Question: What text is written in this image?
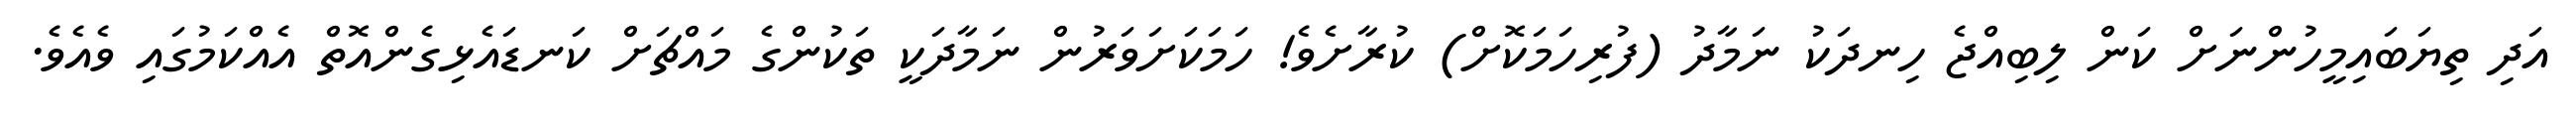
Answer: އަދި ތިޔަބައިމީހުންނަށް ކަން ލިބިއްޖެ ހިނދަކު ނަމާދު (ފުރިހަމަކޮށް) ކުރާށެވެ! ހަމަކަށަވަރުން ނަމާދަކީ ތަކުންގެ މައްޗަށް ކަނޑައެޅިގެންއޮތް އެއްކަމުގައި ވެއެވެ.